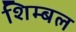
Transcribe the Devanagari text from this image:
शिम्बल